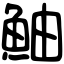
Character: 鮋